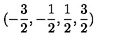
( - \frac { 3 } { 2 } , - \frac { 1 } { 2 } , \frac { 1 } { 2 } , \frac { 3 } { 2 } ) \protect